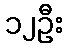
၁၂ဦး